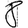
Digit: 8